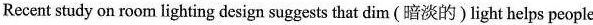
Recent study on room lighting design suggests that dim (暗淡的)light helps people